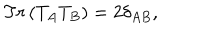
T r \left( T _ { A } T _ { B } \right) = 2 \delta _ { A B } ,